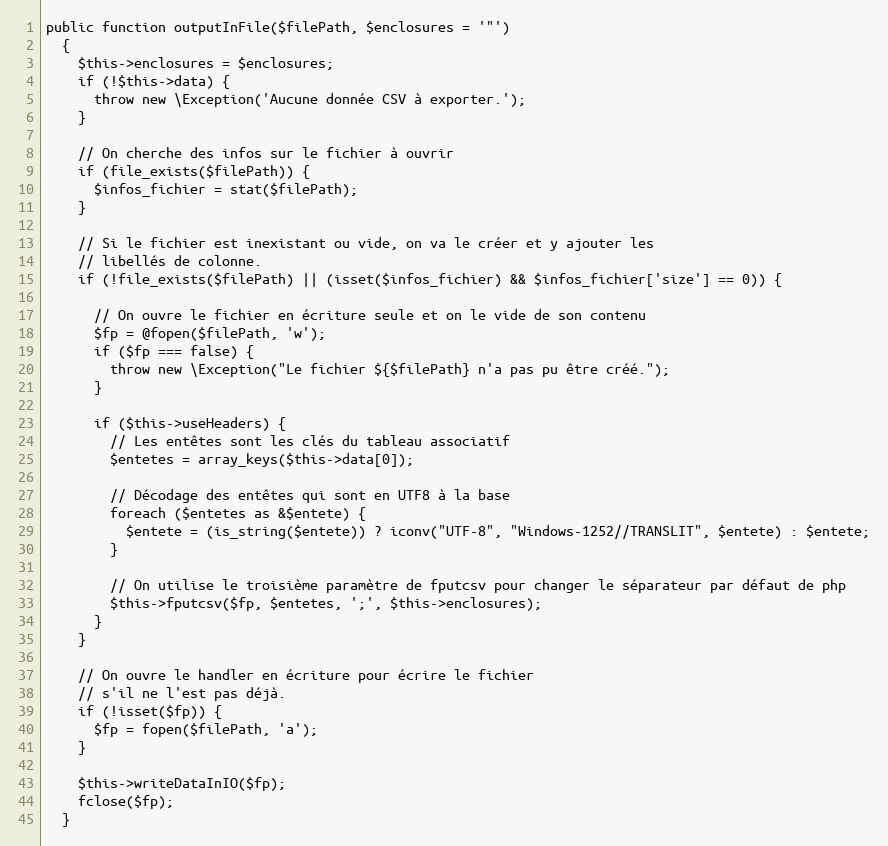
Language: PHP
public function outputInFile($filePath, $enclosures = '"')
  {
    $this->enclosures = $enclosures;
    if (!$this->data) {
      throw new \Exception('Aucune donnée CSV à exporter.');
    }

    // On cherche des infos sur le fichier à ouvrir
    if (file_exists($filePath)) {
      $infos_fichier = stat($filePath);
    }

    // Si le fichier est inexistant ou vide, on va le créer et y ajouter les
    // libellés de colonne.
    if (!file_exists($filePath) || (isset($infos_fichier) && $infos_fichier['size'] == 0)) {

      // On ouvre le fichier en écriture seule et on le vide de son contenu
      $fp = @fopen($filePath, 'w');
      if ($fp === false) {
        throw new \Exception("Le fichier ${$filePath} n'a pas pu être créé.");
      }

      if ($this->useHeaders) {
        // Les entêtes sont les clés du tableau associatif
        $entetes = array_keys($this->data[0]);

        // Décodage des entêtes qui sont en UTF8 à la base
        foreach ($entetes as &$entete) {
          $entete = (is_string($entete)) ? iconv("UTF-8", "Windows-1252//TRANSLIT", $entete) : $entete;
        }

        // On utilise le troisième paramètre de fputcsv pour changer le séparateur par défaut de php
        $this->fputcsv($fp, $entetes, ';', $this->enclosures);
      }
    }

    // On ouvre le handler en écriture pour écrire le fichier
    // s'il ne l'est pas déjà.
    if (!isset($fp)) {
      $fp = fopen($filePath, 'a');
    }

    $this->writeDataInIO($fp);
    fclose($fp);
  }